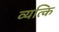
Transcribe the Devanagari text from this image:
व्यत्कि